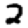
Digit: 2